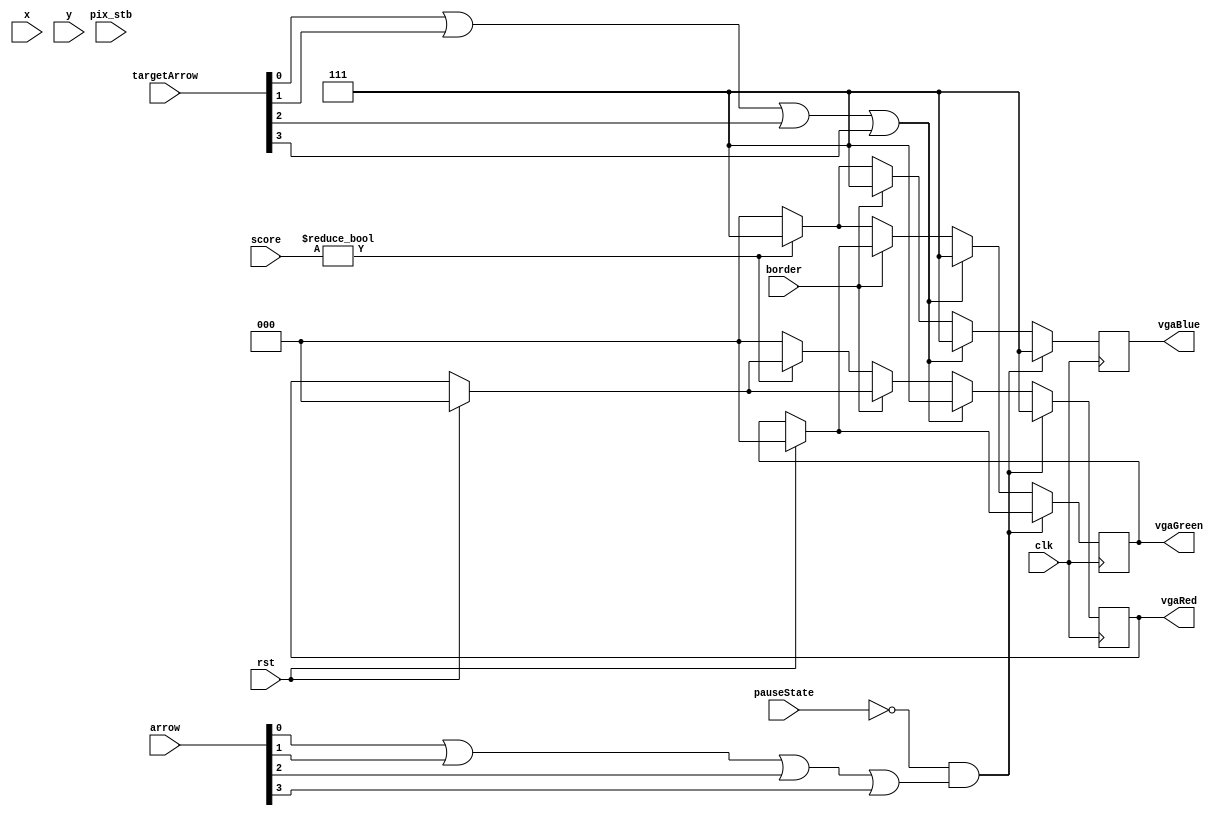
module color(
	input clk,
	input pix_stb,
	input rst,
	input [9:0] x,
	input [9:0] y,
	input [3:0] arrow,
	input [3:0] targetArrow,
	input [5:0] score,
	input border,
	output reg [2:0] vgaRed,
	output reg [2:0] vgaGreen,
	output reg [2:0] vgaBlue,
	input pauseState
   );
	 
	 
	always @(posedge clk)
	begin
   	if (rst) begin
			vgaBlue = 'b000;
			vgaGreen = 'b000;
			vgaRed = 'b000;
		end
	   if (pauseState == 0 && (arrow[0] || arrow[1] || arrow[2] || arrow[3])) begin
		    vgaBlue = 'b111;
		    vgaRed = 'b111;
		end
		
		else if (targetArrow[0] || targetArrow[1] || targetArrow[2] ||targetArrow[3])
		begin
			 vgaBlue = 'b111;
		    vgaRed = 'b111;
			 vgaGreen = 'b111;
		end
		else if (border)
		begin
			vgaBlue = 'b111;
		end
		else if (score != 0)
		begin
			vgaGreen = 'b111;
			vgaBlue = 'b111;
		end
	   else begin
		    vgaBlue = 'b000;
			 vgaGreen = 'b000;
			 vgaRed = 'b000;
		end
		
	end
endmodule